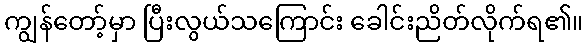
ကျွန်တော့်မှာ ပြီးလွယ်သကြောင်း ခေါင်းညိတ်လိုက်ရ၏။